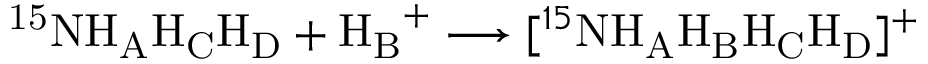
\mathrm { ^ { 1 5 } N H _ { A } H _ { C } H _ { D } } + \mathrm { H _ { B } } ^ { + } \longrightarrow [ ^ { 1 5 } \mathrm { N H _ { A } H _ { B } H _ { C } H _ { D } } ] ^ { + }